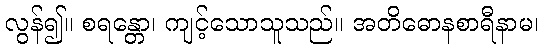
လွန်၍။ စရန္တော၊ ကျင့်သောသူသည်။ အတိဓောနစာရီနာမ၊